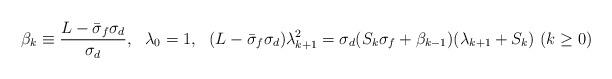
LaTeX: \begin{align*}\beta_k \equiv \frac{L-\bar\sigma_f\sigma_d}{\sigma_d},~~\lambda_0=1,~~(L-\bar\sigma_f\sigma_d)\lambda_{k+1}^2 = \sigma_d(S_k\sigma_f+\beta_{k-1})(\lambda_{k+1}+S_k)~(k \geq 0)\end{align*}